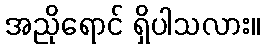
အညိုရောင် ရှိပါသလား။